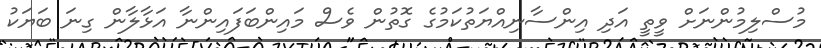
މުސްލިމުންނަށް ވީތީ އަދި އިންސާނިއްޔަތުކަމުގެ ގޮތުން ވެސް މައިންބަފައިންނާ އަޅާލާން ގިނަ ބަޔަކު